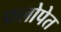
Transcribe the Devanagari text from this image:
फलोपेत